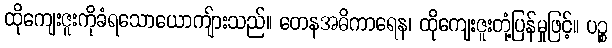
ထိုကျေးဇူးကိုခံရသောယောကျ်ားသည်။ တေနအဓိကာရေန၊ ထိုကျေးဇူးတုံ့ပြန်မှုဖြင့်။ ပဉ္စ